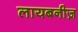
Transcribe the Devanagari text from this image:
लायबनीज़